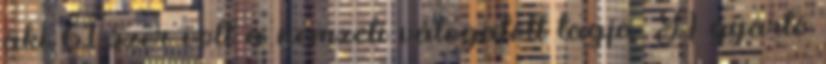
aki 61-szer volt a nemzeti válogatott tagja. A gyártó